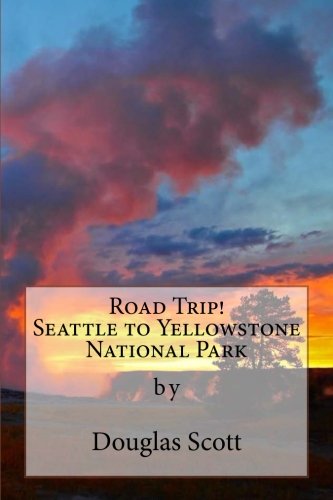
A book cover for Seattle to Yellowstone: Road Trip!; Douglas Scott; Travel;